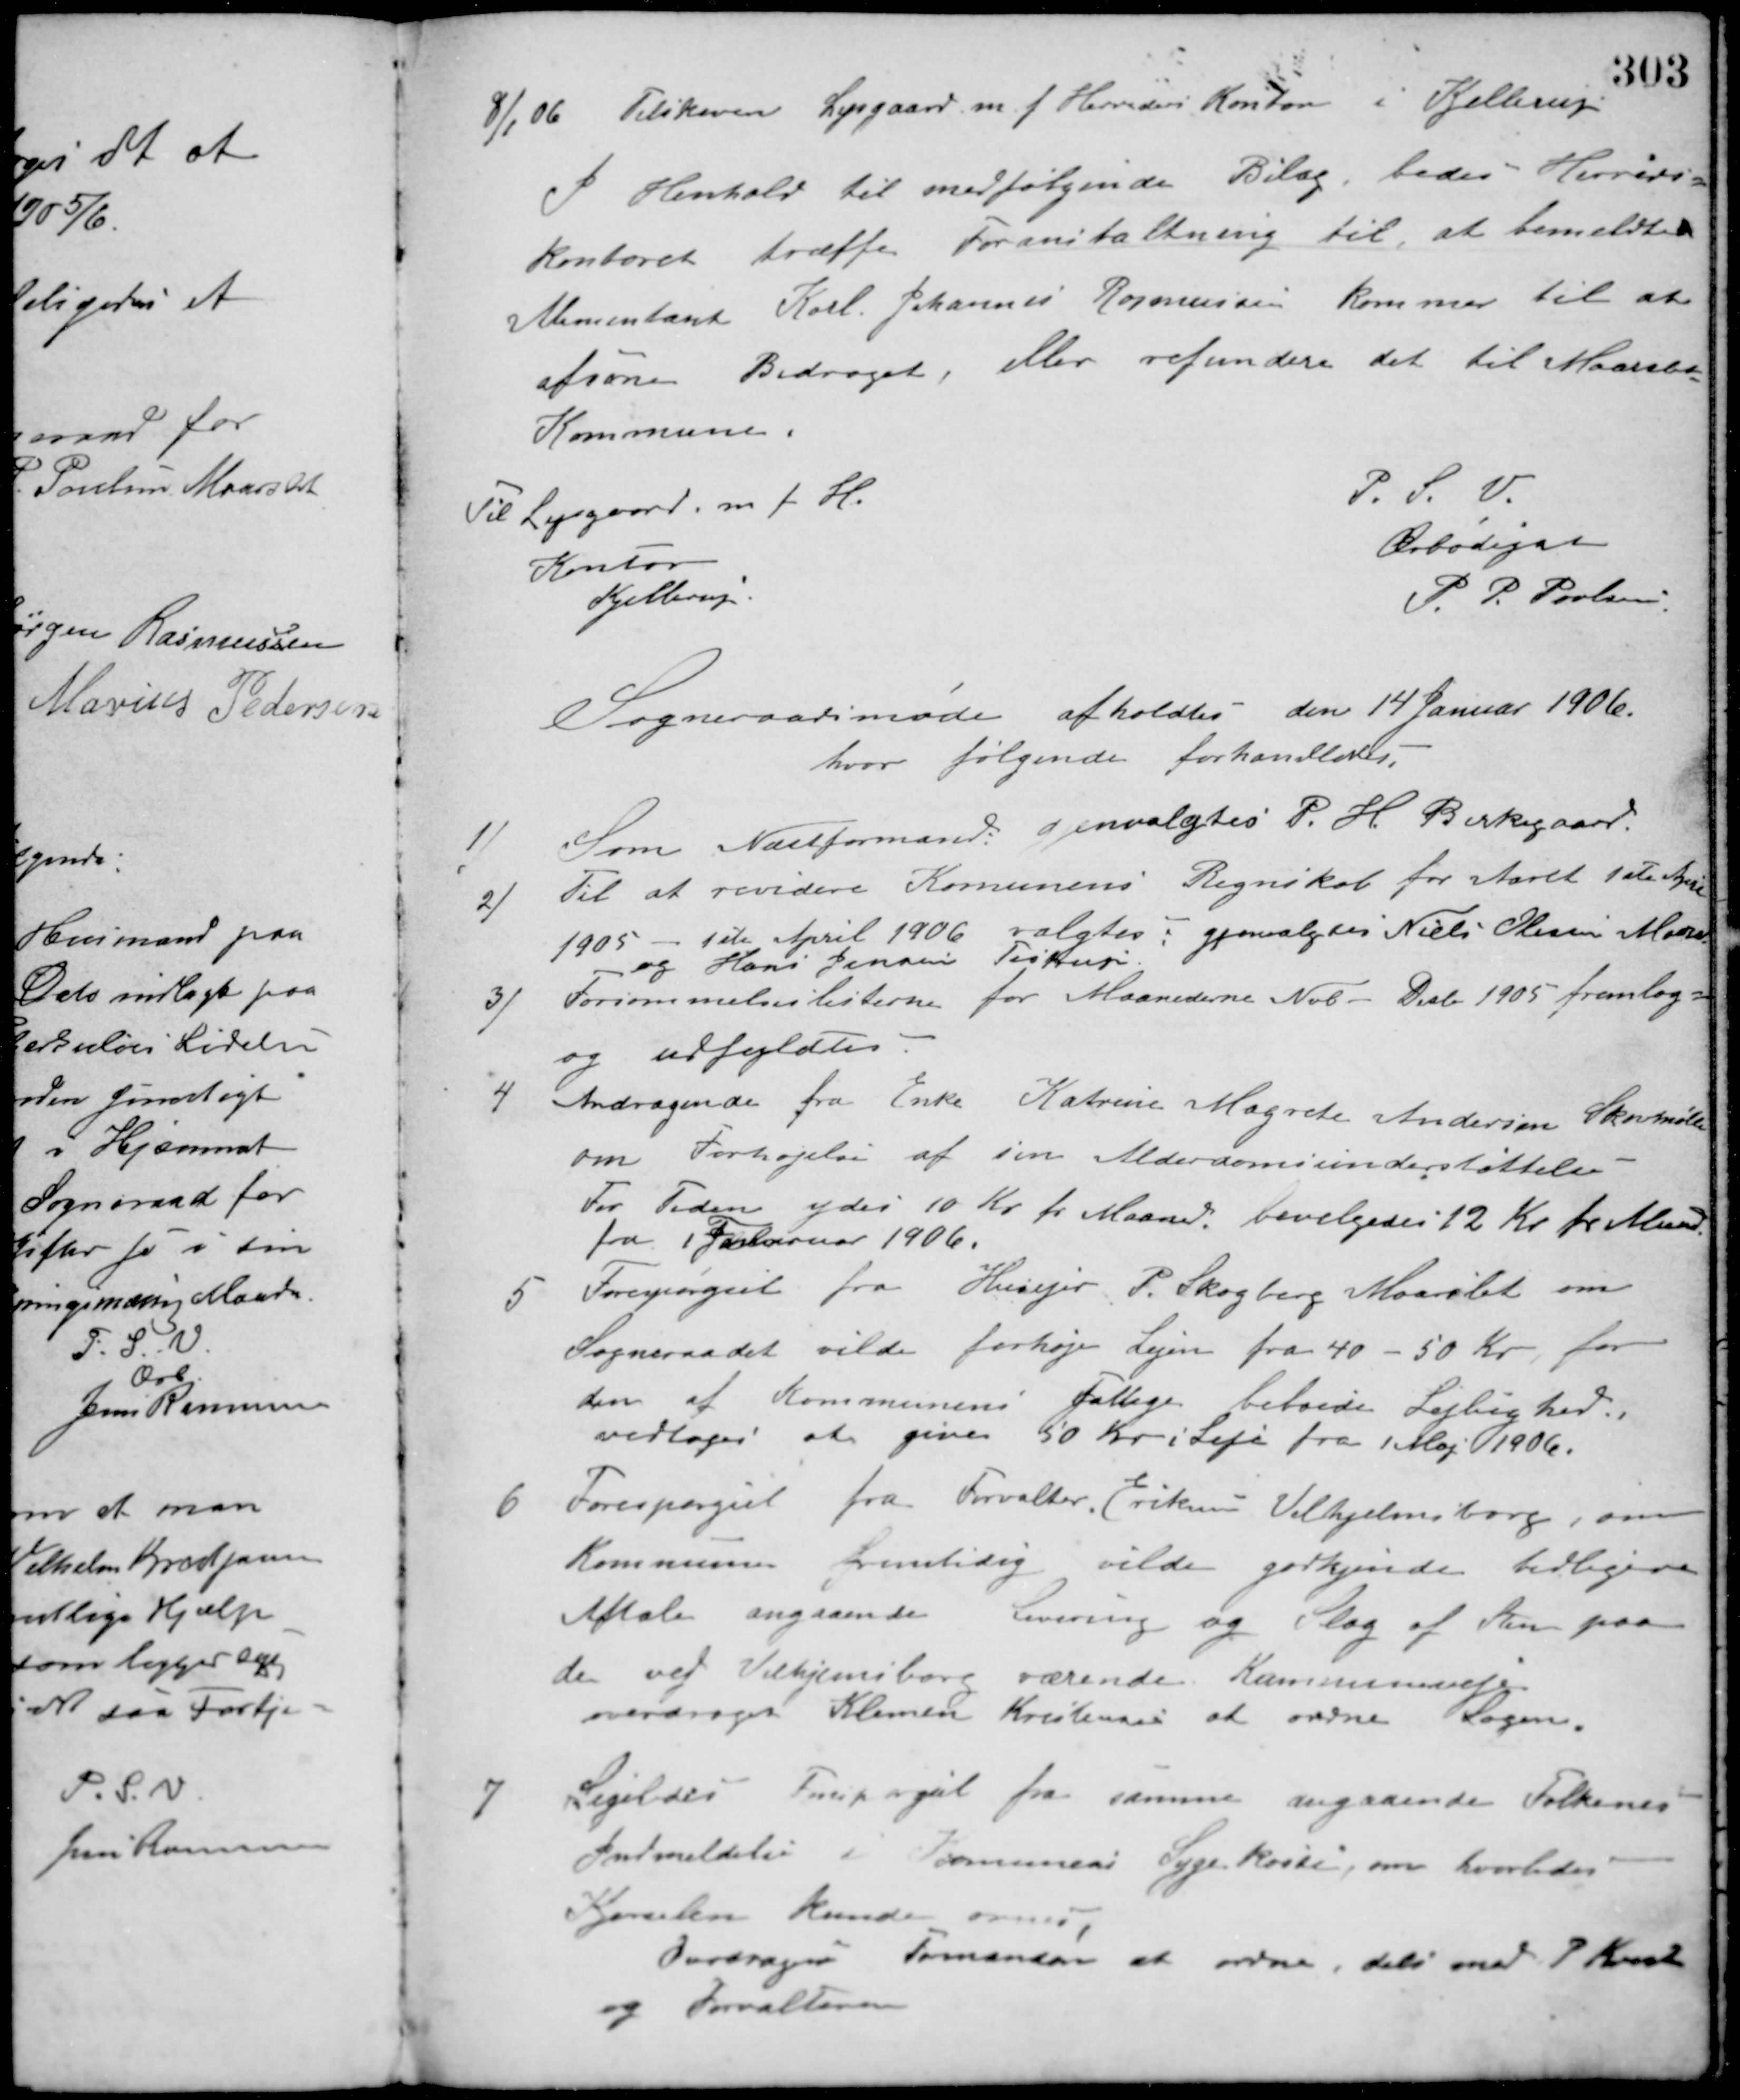
Transskription:
8/1 06 Tilskreven Lysgaard m.f. Herreders Kontor i Kjellerup.
I Henhold til medfølgende Bilag, bedes Herreds-
kontoret træffe Foranstaltning til, at bemeldte
Alimentant Karl Johannes Rasmussen kommer til at
afsone Bidraget, eller refundere det til Maarslet
Kommune.
P. S. V.
Ærbødigst
P. P. Poulsen
Til Lysgaard, m. f. H.
Kontor
Kjellerup.
Sogneraadsmøde afholdtes den 14 Januar 1906.
hvor følgende forhandledes.
1/ Som Næstformand genvalgtes P. H. Birkegaard.
2/ Til at revidere Komunens Regnskab for Aaret 1ste April
1905 - 1ste April 1906 valgtes: gjenvalgtes Niels Olesen Maarslet
og Hans Jensen Testrup.
3/ Forsømmelseslisterne for Maanederne Nobr. - Decbr. 1905 fremlag-
og udfyldtes.
4 Andragende fra Enke Katrine Magrete Andersen Skovmøllen
om Forhøjelse af sin Alderdomsunderstøttelse.
For Tiden ydes 10 Kr. pr. Maaned, bevilgedes 12 Kr. pr. Maaned
fra 1 Februar 1906.
5 Forespørgsel fra Husejer P. Skogberg Maarslet om
Sogneraadet vilde forhøje Lejen fra 40 - 50 Kr. for
den af Kommunens fattige beboede Lejlighed.
vedtoges at give 50 Kr. i Leje fra 1 Maj 1906.
Forespørgsel fra Forvalter Eriksen Vilhjelmsborg, om
6
Kommunen fremtidig vilde godkjende tidligere
Aftale angaaende Levering og Slag af Sten paa
de ved Vilhjemsborg værende Kommuneveje.
overdraget Klemen Kristensen at ordne Sagen.
Ligeledes Forespørgsel fra samme angaaende Folkenes
7
Indmeldelse i Kommunens Sygekasse, om hvorledes
Kjørselen kunde anses.
Overdroges Formanden at ordne, dels med P. Kvist
og Forvalteren.